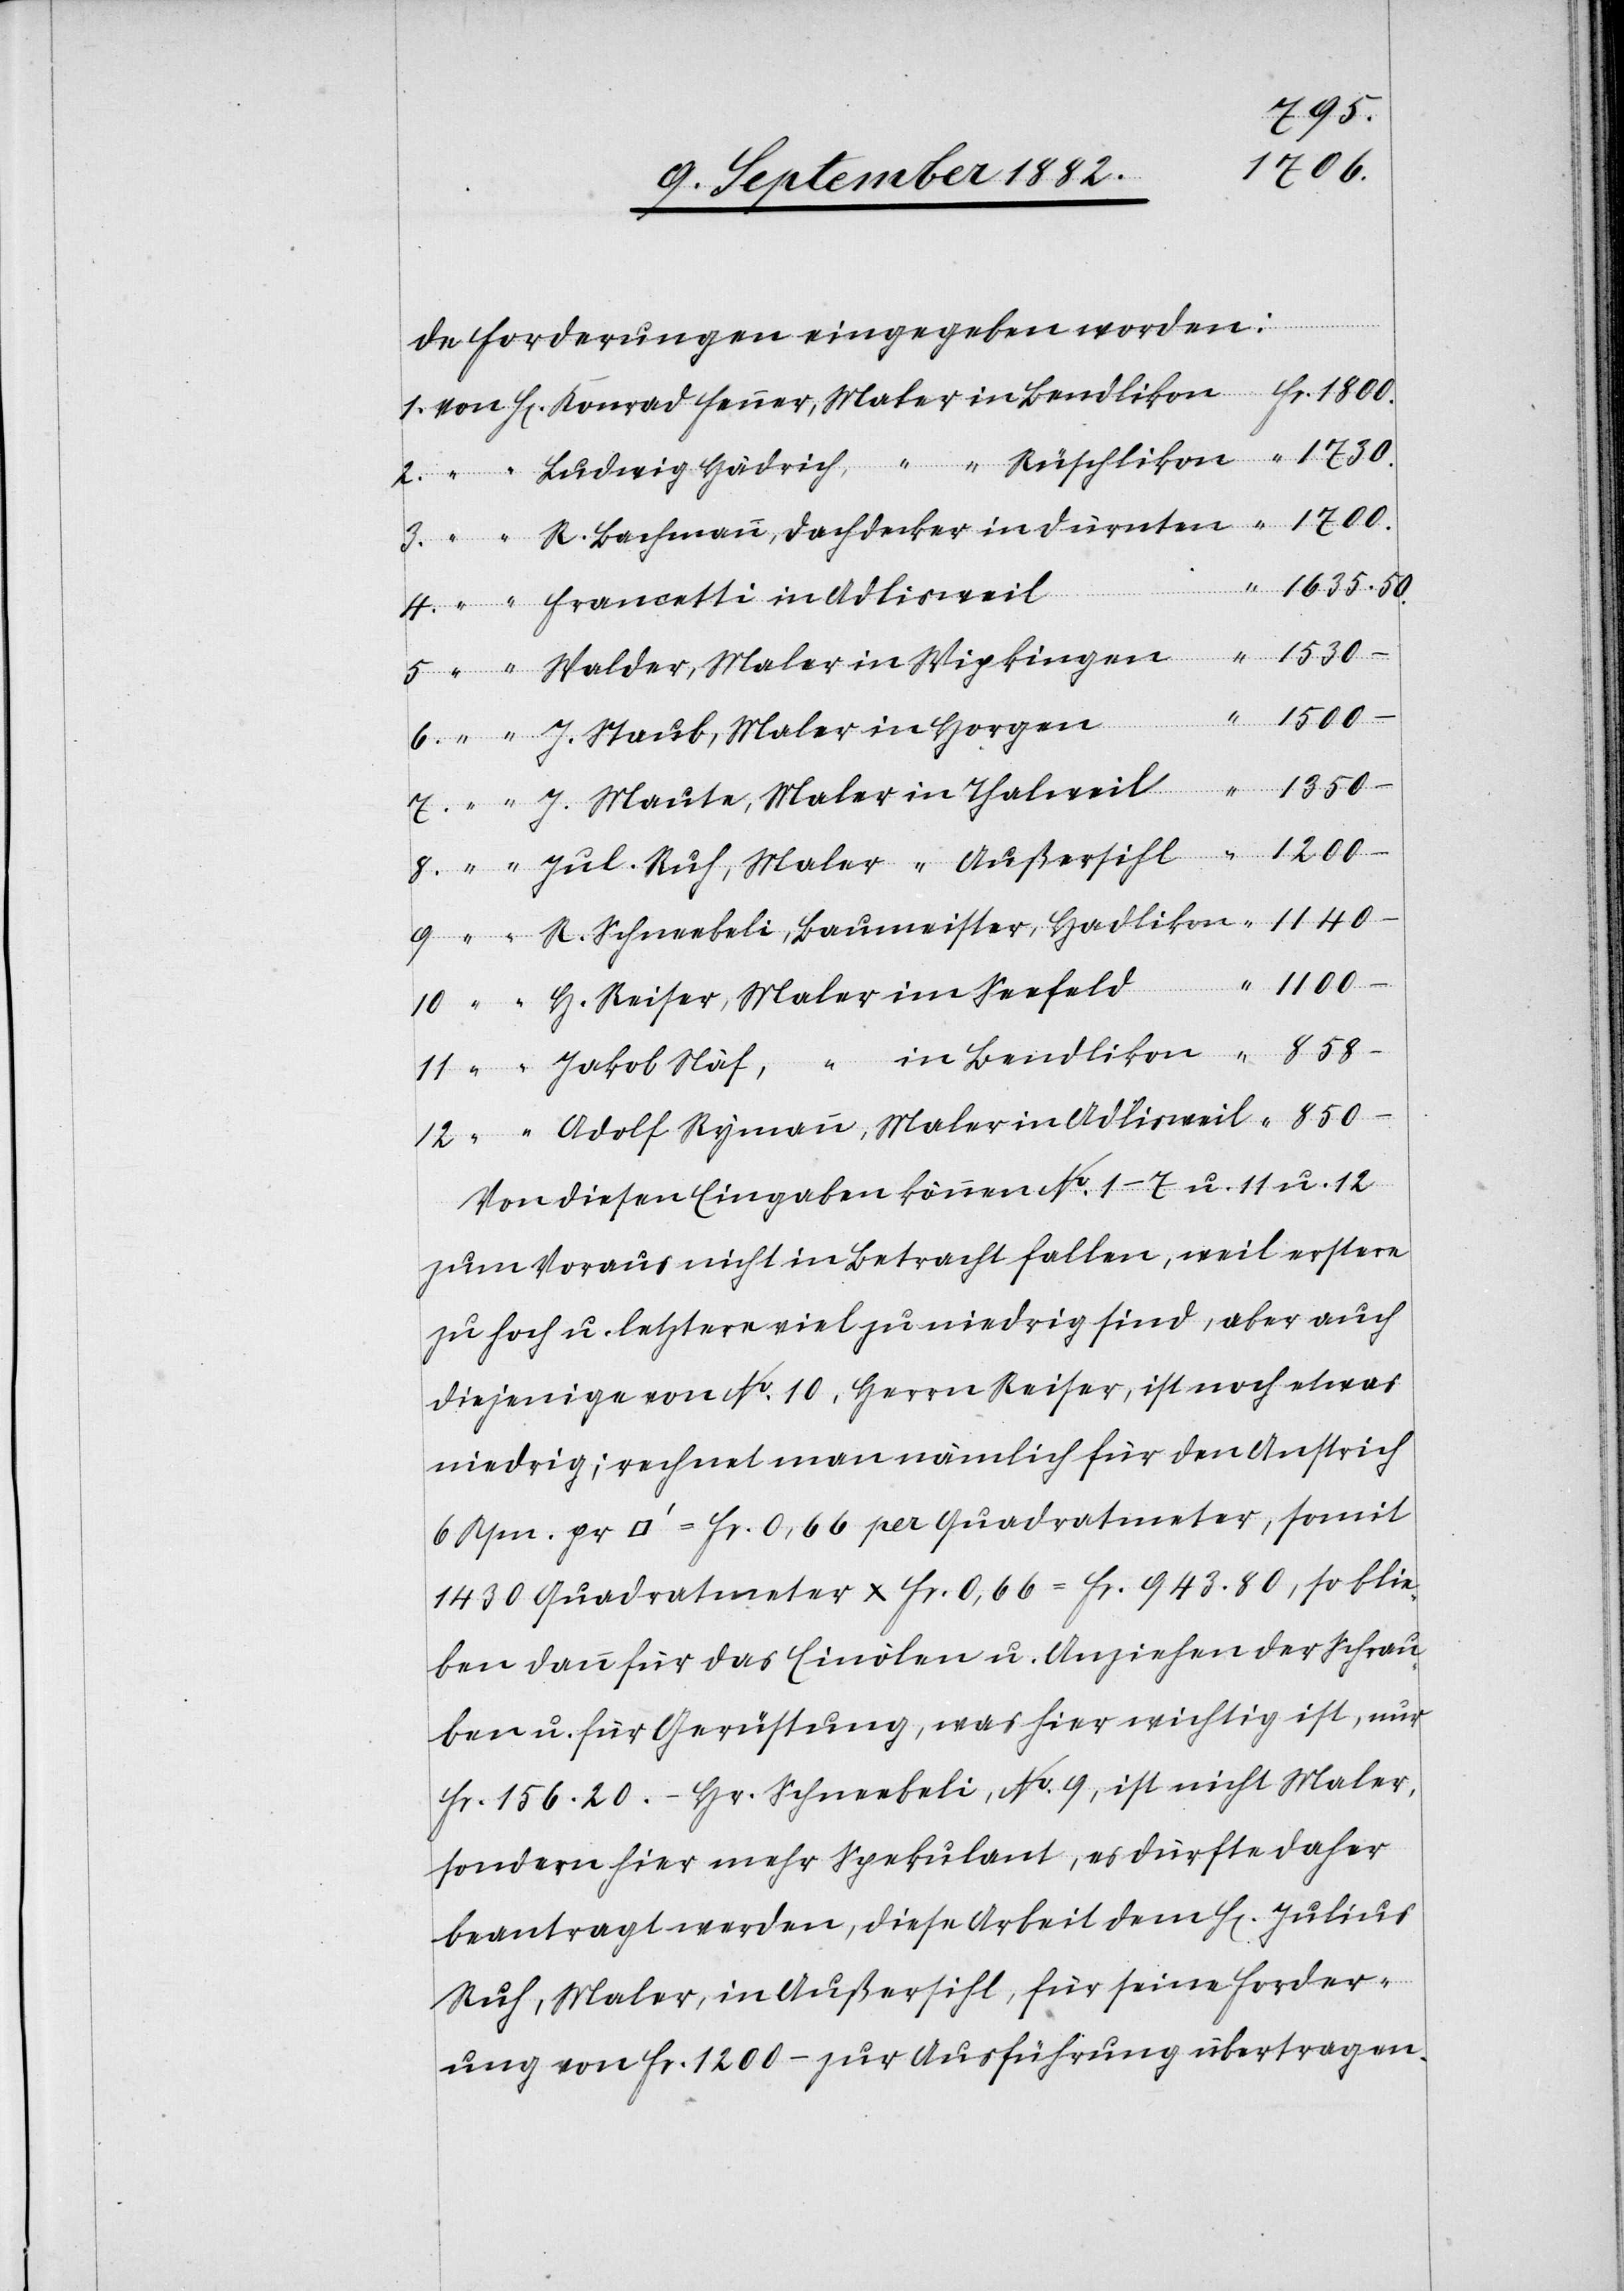
1635.
de Forderungen eingegeben worden:
Walder, Maler in Wipkingen
H.
850
J. Staub, Maler in Horgen
12.
Von diesen Eingaben können No 1–7 u. 11 u. 12
zum Voraus nicht in Betracht fallen, weil erstere
zu hoch u. letztere viel zu niedrig sind, aber auch
diejenige von No 10, Herrn Reiser, ist noch etwas
niedrig; rechnet man nämlich für den Anstrich
6 Rpn. pr. [Quadratfuß] = Fr. 0,66 per Quadratmeter, somit
1430 Quadratmeter x Fr. 0,66 = Fr. 943.80, so blie¬
ben dann für das Einölen u. Anziehen der Schrau¬
ben u. für Gerüstung, was hier wichtig ist, nur
Fr. 156.20. – Hr. Schneebeli, No 9, ist nicht Maler,
sondern hier mehr Spekulant, es dürfte daher
beantragt werden, diese Arbeit dem H. Julius
Ruh, Maler, in Außersihl, für seine Forder¬
ung von Fr. 1200– zur Ausführung [zu] übertragen.